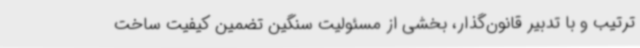
ترتیب و با تدبیر قانون‌گذار، بخشی از مسئولیت سنگین تضمین کیفیت ساخت